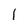
Character: l